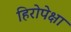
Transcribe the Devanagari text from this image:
हिरोपेक्षा